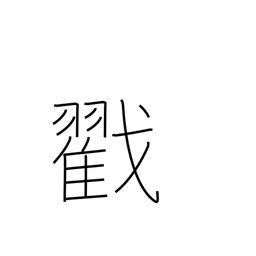
Meaning: poke